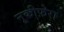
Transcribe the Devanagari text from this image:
नूकीफ़ेरा